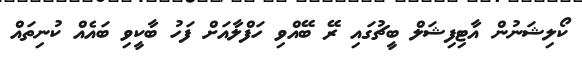
ކޯލިޝަނުން އާޓިފިޝަލް ބީޗުގައި ރޭ ބޭއްވި ހަފްލާއަށް ފަހު ބާކީވި ބައެއް ކުނިތައް